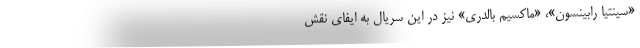
«سینتیا رابینسون»، «ماکسیم بالدری» نیز در این سریال به ایفای نقش